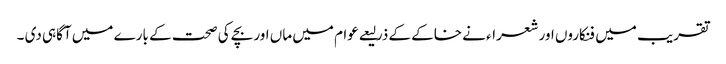
تقریب میں فنکاروں اور شعراء نے خاکے کے ذرلیعے عوام میں ماں اور بچے کی صحت کے بارے میں آگاہی دی ۔